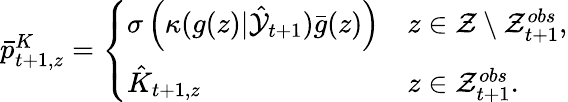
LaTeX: \begin{array}{r}{\bar{p}_{t+1,z}^{K}=\left\{ \begin{array}{ll}{\sigma\left(\kappa(g(z)|\hat{{\cal Y}}_{t+1})\bar{g}(z)\right)}&{z\in{\cal Z}\setminus{\cal Z}_{t+1}^{obs},}\\ {\hat{K}_{t+1,z}}&{z\in{\cal Z}_{t+1}^{obs}.}\end{array}\right.}\end{array}